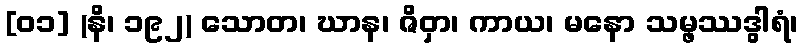
[၀၁] (နိ၊ ၁၉၂) သောတ၊ ဃာန၊ ဇိဝှာ၊ ကာယ၊ မနော သမ္ဖဿဒွါရံ၊